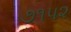
૭૧૫૨